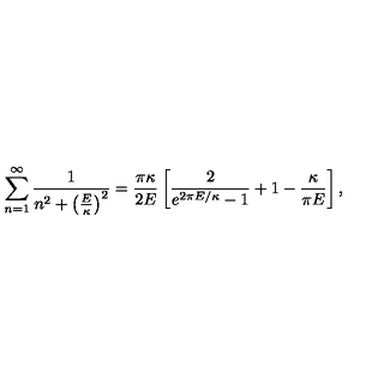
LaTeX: \sum _ { n = 1 } ^ { \infty } { \frac { 1 } { n ^ { 2 } + \left( { \frac { E } { \kappa } } \right) ^ { 2 } } } = { \frac { \pi \kappa } { 2 E } } \left[ { \frac { 2 } { e ^ { 2 \pi E / \kappa } - 1 } } + 1 - { \frac { \kappa } { \pi E } } \right] ,